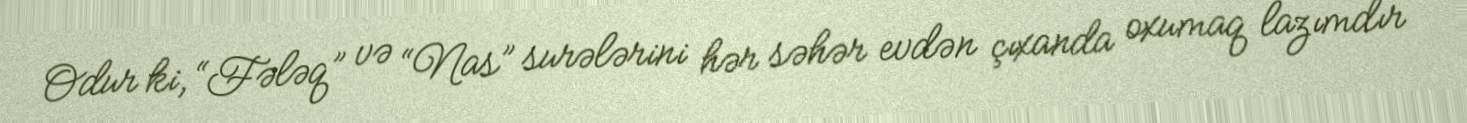
Odur ki, “Fələq” və “Nas” surələrini hər səhər evdən çıxanda oxumaq lazımdır